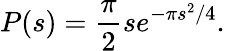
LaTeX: P(s)={\frac{\pi}{2}}se^{-\pi s^{2}/4}.